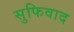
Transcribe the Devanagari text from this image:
सुफिवाद